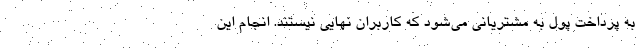
به پرداخت پول به مشتریانی می‌شود که کاربران نهایی نیستند. انجام این